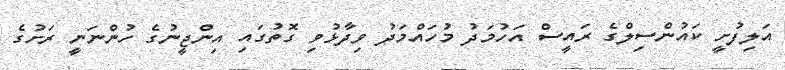
އަލިފުށީ ކައުންސިލްގެ ރައީސް އަހުމަދު މުހައްމަދު ވިދާޅުވި ގޮތުގައި އިންޖީނުގެ ހުންނަނީ ރަށުގެ